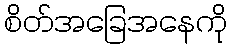
စိတ်အခြေအနေကို